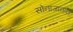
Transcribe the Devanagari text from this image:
सोनाजानकी